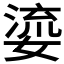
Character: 𭒐